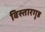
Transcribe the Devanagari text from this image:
विस्तारगृह